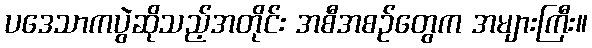
ပဒေသာကပွဲဆိုသည့်အတိုင်း အစီအစဉ်တွေက အများကြီး။